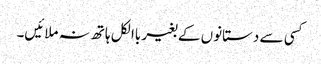
کسی سے دستانوں کے بغیر باالکل ہاتھ نہ ملائیں۔